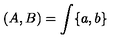
( A , B ) = \int \{ a , b \}